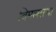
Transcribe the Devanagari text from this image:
विमलसभा